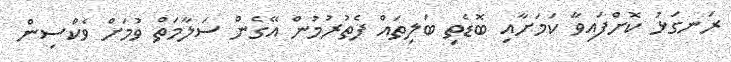
ރަނގަޅު ކޮށްފައިވާ ކަމަށާއި ބޮޑެތި ބަލިތައް ފެތުރުމުން އޭގެން ސަލާމަތް ވުމަށް ވެކްސިން